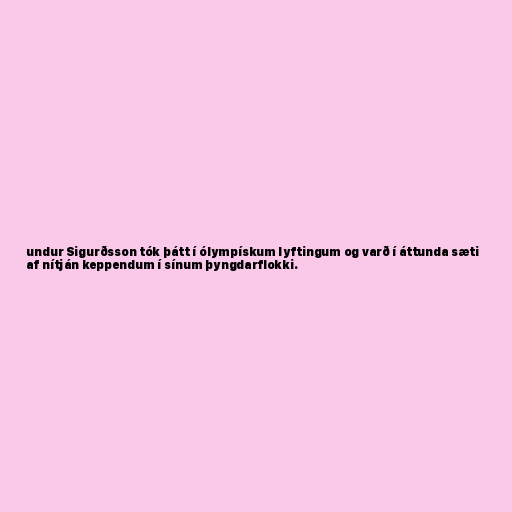
undur Sigurðsson tók þátt í ólympískum lyftingum og varð í áttunda sæti
af nítján keppendum í sínum þyngdarflokki.